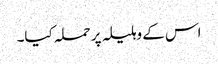
اس کے وہلیلہ پر حملہ کیا۔